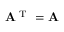
\mathbf A ^ { \textrm { T } } = \mathbf A